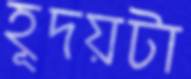
হূদয়টা